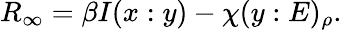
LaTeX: R_{\infty}=\beta I(x:y)-\chi(y:E)_{\rho}.